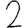
Digit: 2